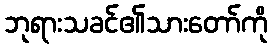
ဘုရားသခင်၏သားတော်ကို